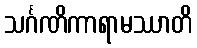
သင်္ဂဏိကာရာမဿာတိ